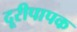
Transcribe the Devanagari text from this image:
दूरीपापक